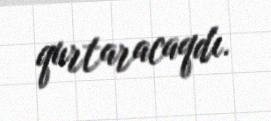
qurtaracaqdı.